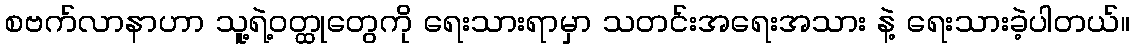
စဗက်လာနာဟာ သူ့ရဲ့ဝတ္ထုတွေကို ရေးသားရာမှာ သတင်းအရေးအသား နဲ့ ရေးသားခဲ့ပါတယ်။